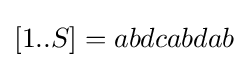
[1..S]=abdcabdab